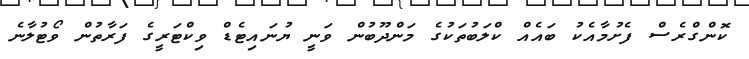
ކޮންގްރެސް ފެށުމާއެކު ބައެއް ކްލަބުތަކުގެ މަންދޫބުން ވަނީ ޔުނައިޓެޑް ވިކްޓަރީގެ ފަރާތުން ވޯޓުލާނެ